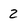
Character: 2